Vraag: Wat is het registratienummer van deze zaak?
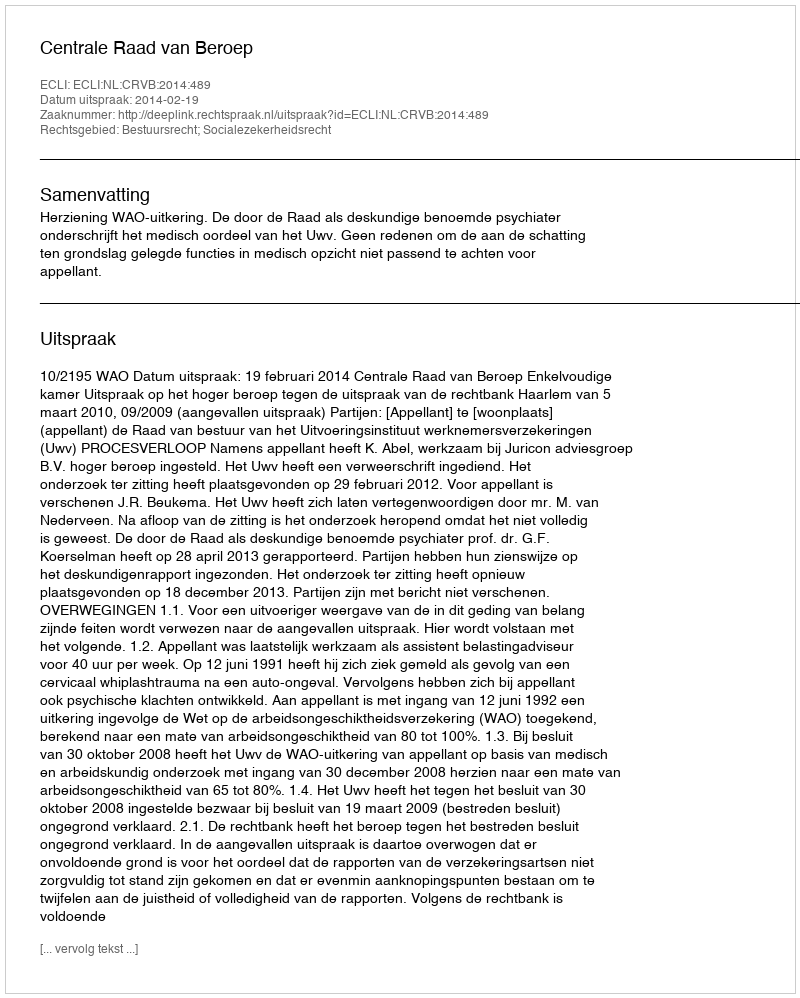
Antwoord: http://deeplink.rechtspraak.nl/uitspraak?id=ECLI:NL:CRVB:2014:489